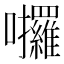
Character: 𡆆